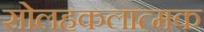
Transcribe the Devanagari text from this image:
सोलहकलात्मक